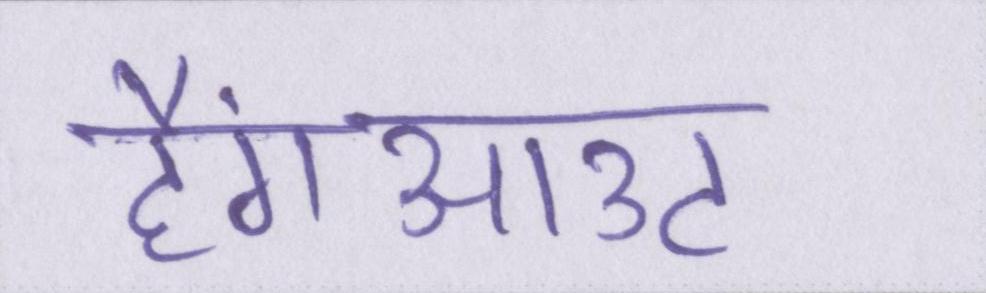
हैंगआउट